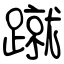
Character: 蹴